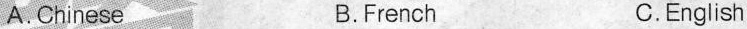
A. Chinese B.French C.English